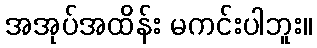
အအုပ်အထိန်း မကင်းပါဘူး။